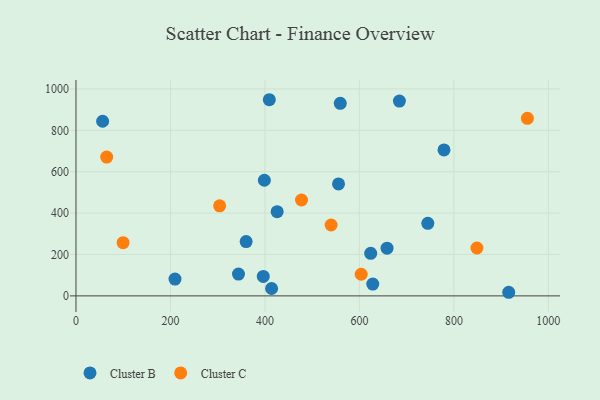
{"axis": {"x": "Price", "y": "Salary"}, "legend": ["Cluster B", "Cluster C"], "data": [{"x": "744.8", "y": 350.5, "type": "Cluster B"}, {"x": "684.7", "y": 941.2, "type": "Cluster B"}, {"x": "344.0", "y": 105.3, "type": "Cluster B"}, {"x": "779.1", "y": 705.4, "type": "Cluster B"}, {"x": "623.9", "y": 205.8, "type": "Cluster B"}, {"x": "628.3", "y": 57.1, "type": "Cluster B"}, {"x": "398.8", "y": 558.7, "type": "Cluster B"}, {"x": "916.1", "y": 17.4, "type": "Cluster B"}, {"x": "559.5", "y": 930.3, "type": "Cluster B"}, {"x": "425.9", "y": 406.7, "type": "Cluster B"}, {"x": "360.2", "y": 262.6, "type": "Cluster B"}, {"x": "209.6", "y": 81.2, "type": "Cluster B"}, {"x": "658.5", "y": 230.3, "type": "Cluster B"}, {"x": "414.1", "y": 35.7, "type": "Cluster B"}, {"x": "409.3", "y": 947.9, "type": "Cluster B"}, {"x": "396.5", "y": 93.8, "type": "Cluster B"}, {"x": "56.4", "y": 843.9, "type": "Cluster B"}, {"x": "555.8", "y": 541.0, "type": "Cluster B"}, {"x": "540.1", "y": 342.6, "type": "Cluster C"}, {"x": "477.4", "y": 463.4, "type": "Cluster C"}, {"x": "848.8", "y": 231.3, "type": "Cluster C"}, {"x": "304.1", "y": 435.2, "type": "Cluster C"}, {"x": "955.6", "y": 858.2, "type": "Cluster C"}, {"x": "603.8", "y": 104.4, "type": "Cluster C"}, {"x": "99.7", "y": 256.9, "type": "Cluster C"}, {"x": "65.0", "y": 670.9, "type": "Cluster C"}]}